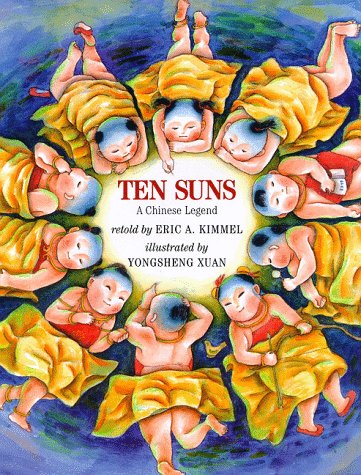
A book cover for Ten Suns: A Chinese Legend; Eric A. Kimmel; Children's Books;